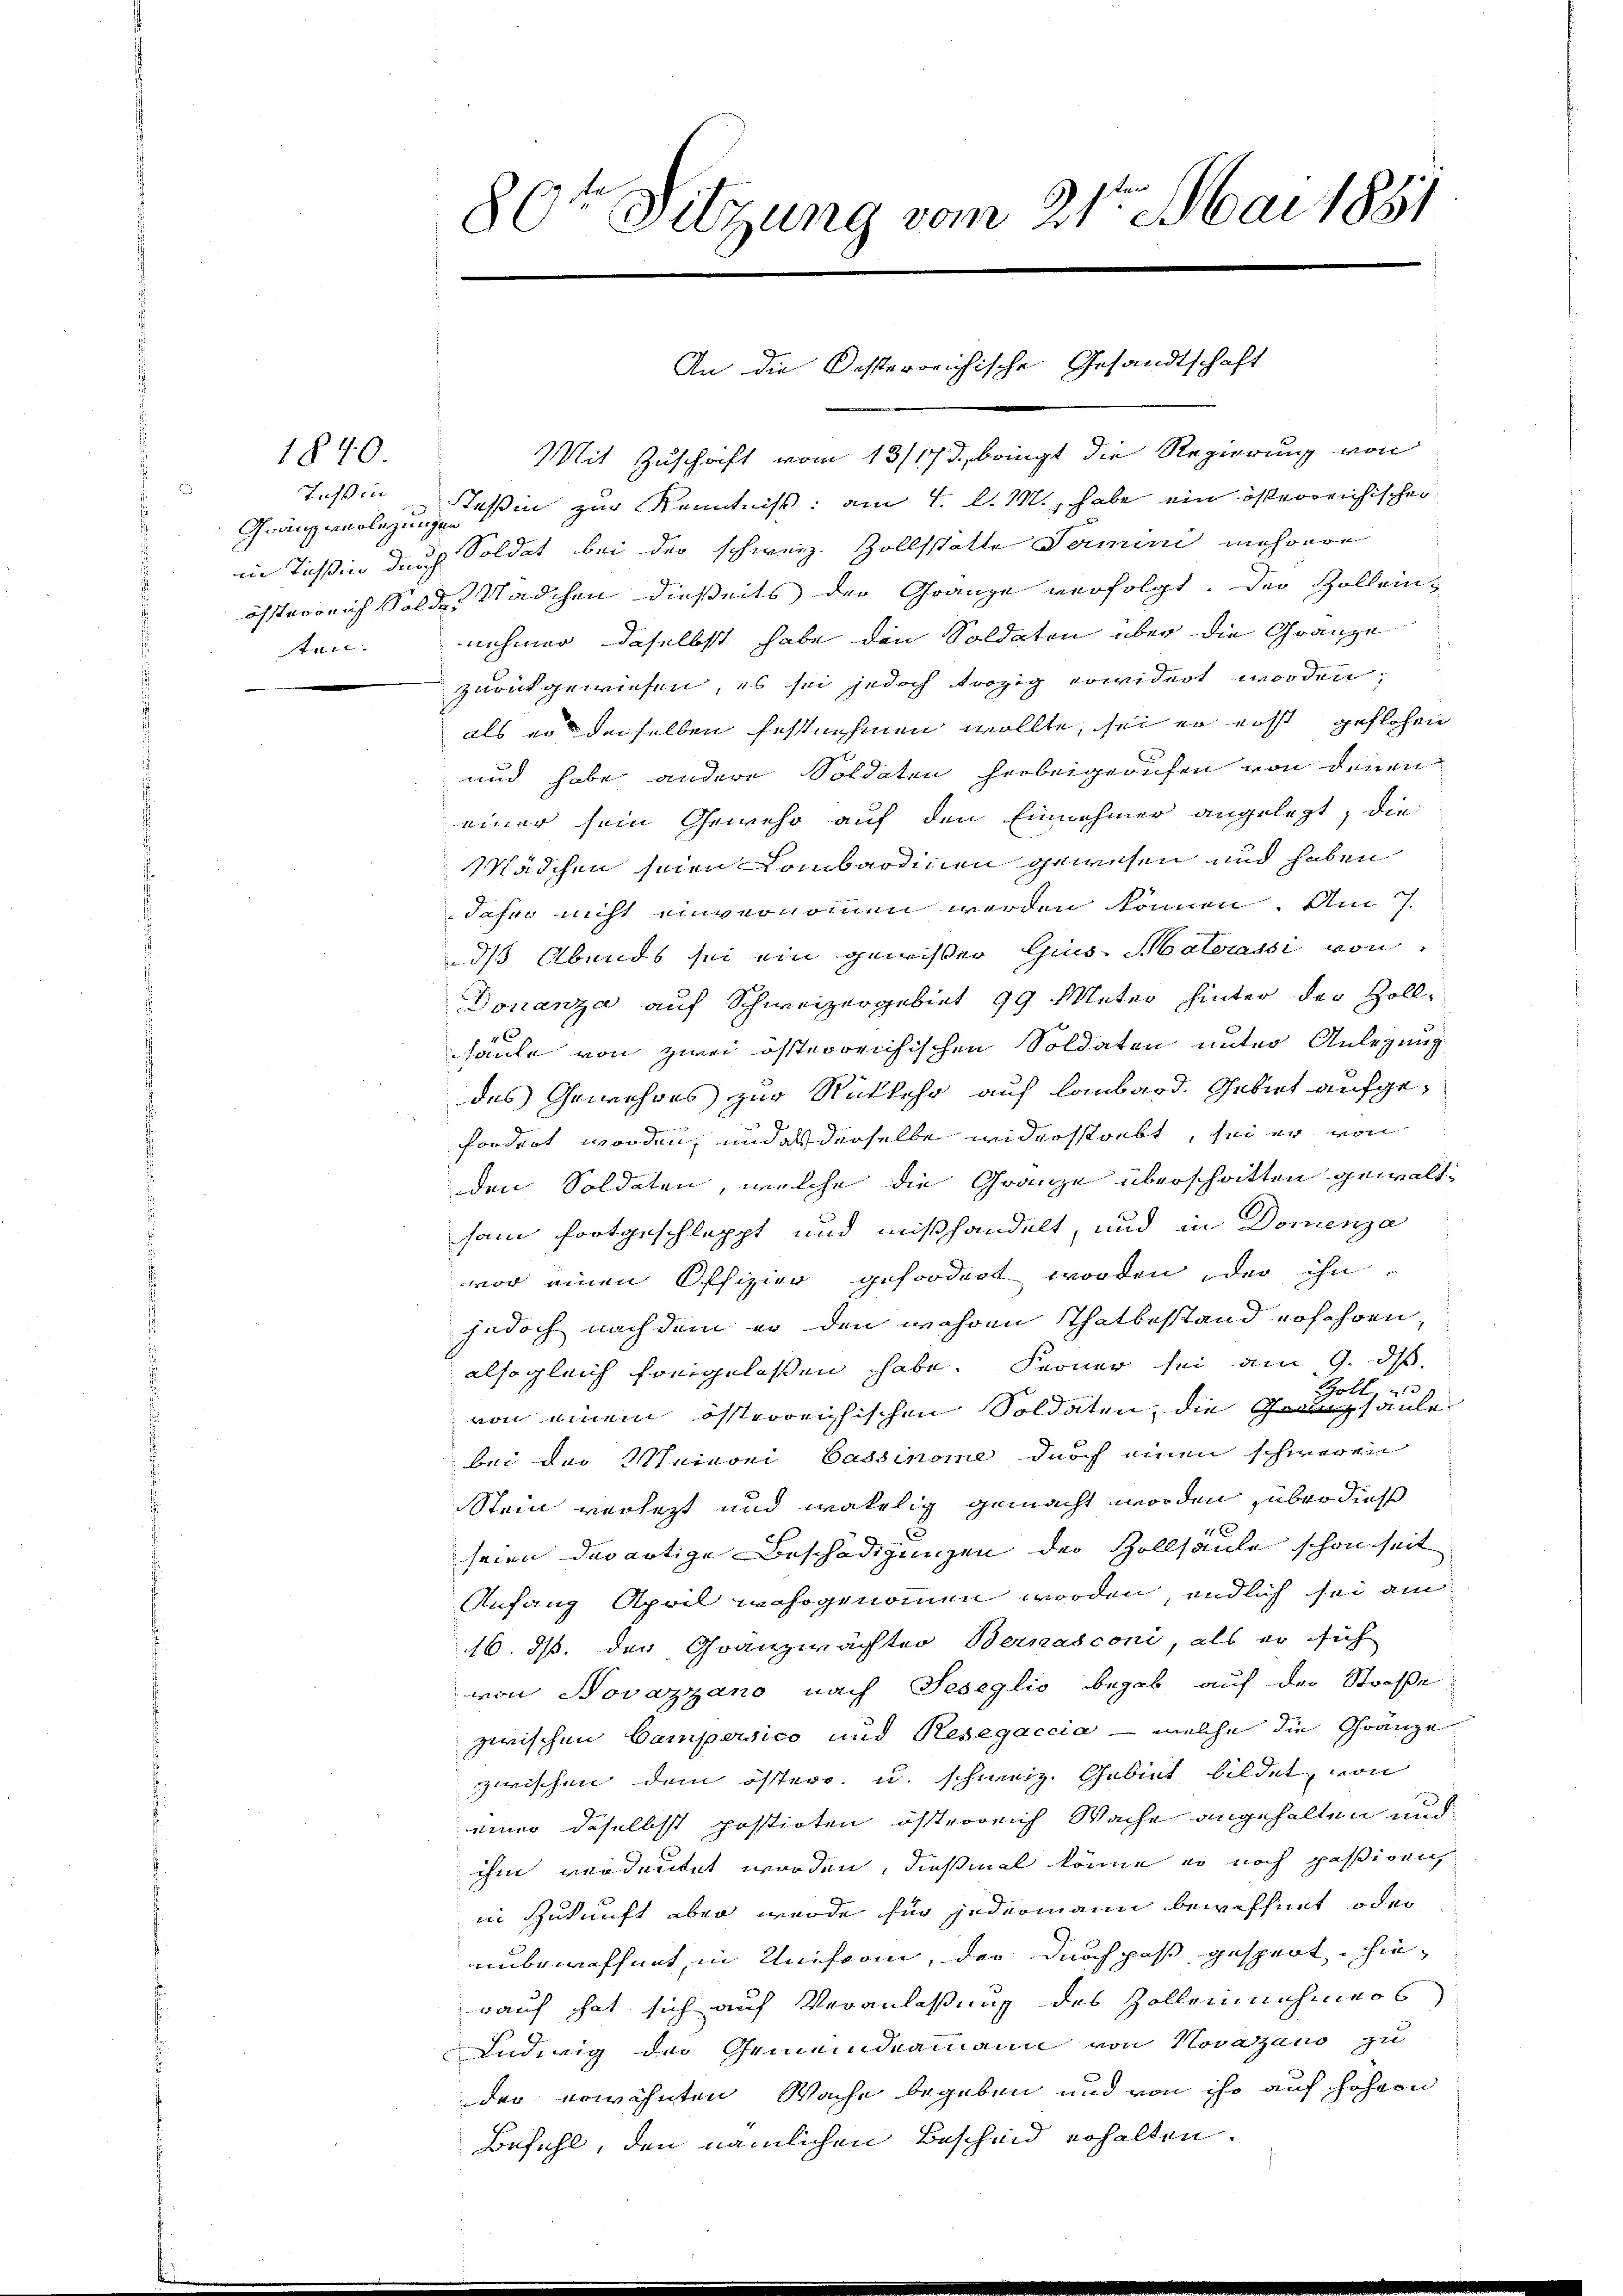
1840.

Tessin
ten. |

80te Sitzung vom 21. Mai 1881

An die Kosterreichische Gesandtschaft

Mit Zuschrift vom 13/17. d. bringt die Regierung von
Gränzerlein zur Kenntniß: am 4. d. M., habe ein österreichischer
in Teßin durch Soldat bei der schweiz. Zollstätte Termini mehrere
österreich Solde Mädchen dießeits der Gränze verfolgt. Der Zollein-
nehmen, daselbst habe den Soldaten über die Gränze
zurückgewiesen, es sei jedoch trozig erwidert worden,
als er denselben festnehmen wollte, sei er erst geflehen
und habe andere Soldaten herbeigerufen von denen
einer sein Gewehr auf den Einnehmer angelegt; die
Mädchen seien Lombardinen gewesen und haben
daher nicht einvernommen werden können. Am 7.
ds Abends sei ein gewisser Gius Materassi von
Donanza auf Schweizergebiet 99 Meter hinter der Zollhaule von zwei österreichischen Soldaten unter Anlegung
des Gewehres zur Rückkehr auf Lombard. Gebiet aufgefordert worden, und als derselbe widerstrebt, sei er von
den Soldaten, welche die Gränze überschritten gewaltsam fortgeschleppt und mißhandelt, und in Domenza
vor einen Offizier gefordert worden der ihn
jedoch nach dem er den wahren Thatbestand erfahren,
alsogleich freigelassen habe. Ferner sei am 9. ds.
Gold

von einem österreichischen Soldaten, die Granzsaule
bei der Maimoni Cassinome durch einen schweren
Stein verletzt und währlig gemacht worden über dieß
1x
seien der artige Beschädigungen der Zollsaule schon seit
Anfang April wahrgenommen worden, endlich sei am
16. ds. der Granzwächter Bernasconi, als er sich
von Novazzano nach Seseglio begab auf der Straße
zwischen Campersico und Resegaccia - welche die Gränze
zwischen dem österr. u. schweiz. Gebiet bildet, von
einer daselbst postirten österreich Wache angehalten und
ihm verdeutet worden, dießmal könne er noch passiven
in Zukunft aber werde für jedermann bewaffnet oder
unbewaffnet, in Uniform, der durchpaß gespert, hierauf hat sich auf Veranlaßung des Zollernehmers
Ludwig der Gemeindeammann von Novazano zu
der erwähnten Wache begeben und von ihr auf höhern
Befehl, den nämlichen Bescheid erhalten.